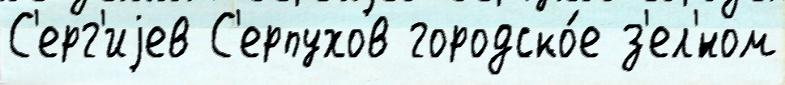
С'ерг'иjев С'ерпухов городско́е з'ел'́ном